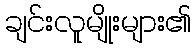
ချင်းလူမျိုးများ၏